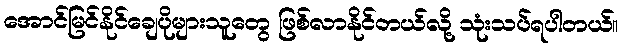
အောင်မြင်နိုင်ချေပိုများသူတွေ ဖြစ်လာနိုင်တယ်လို့ သုံးသပ်ရပါတယ်။